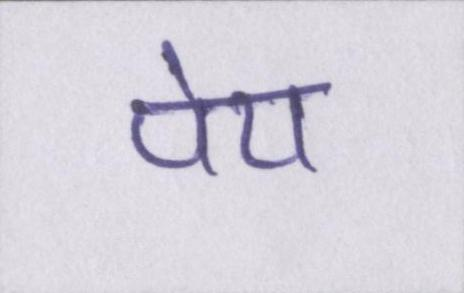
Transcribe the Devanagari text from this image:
पेय